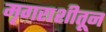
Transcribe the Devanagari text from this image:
मृगराशीतून